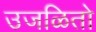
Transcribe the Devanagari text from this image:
उजळितो